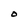
Character: O